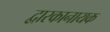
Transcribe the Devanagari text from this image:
द्वारकानायक